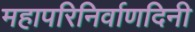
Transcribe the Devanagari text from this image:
महापरिनिर्वाणदिनी